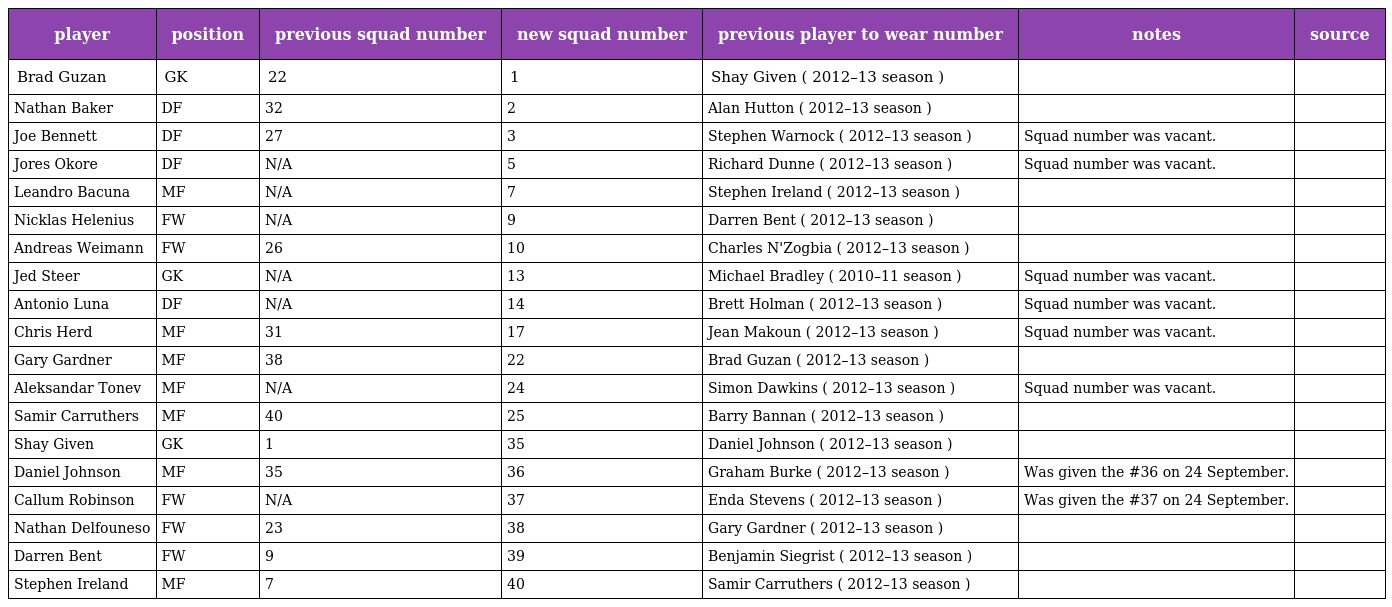
| player | position | previous squad number | new squad number | previous player to wear number | notes | source |
 | --- | --- | --- | --- | --- | --- | --- |
 | Brad Guzan | GK | 22 | 1 | Shay Given ( 2012–13 season ) |  |  |
 | Nathan Baker | DF | 32 | 2 | Alan Hutton ( 2012–13 season ) |  |  |
 | Joe Bennett | DF | 27 | 3 | Stephen Warnock ( 2012–13 season ) | Squad number was vacant. |  |
 | Jores Okore | DF | N/A | 5 | Richard Dunne ( 2012–13 season ) | Squad number was vacant. |  |
 | Leandro Bacuna | MF | N/A | 7 | Stephen Ireland ( 2012–13 season ) |  |  |
 | Nicklas Helenius | FW | N/A | 9 | Darren Bent ( 2012–13 season ) |  |  |
 | Andreas Weimann | FW | 26 | 10 | Charles N'Zogbia ( 2012–13 season ) |  |  |
 | Jed Steer | GK | N/A | 13 | Michael Bradley ( 2010–11 season ) | Squad number was vacant. |  |
 | Antonio Luna | DF | N/A | 14 | Brett Holman ( 2012–13 season ) | Squad number was vacant. |  |
 | Chris Herd | MF | 31 | 17 | Jean Makoun ( 2012–13 season ) | Squad number was vacant. |  |
 | Gary Gardner | MF | 38 | 22 | Brad Guzan ( 2012–13 season ) |  |  |
 | Aleksandar Tonev | MF | N/A | 24 | Simon Dawkins ( 2012–13 season ) | Squad number was vacant. |  |
 | Samir Carruthers | MF | 40 | 25 | Barry Bannan ( 2012–13 season ) |  |  |
 | Shay Given | GK | 1 | 35 | Daniel Johnson ( 2012–13 season ) |  |  |
 | Daniel Johnson | MF | 35 | 36 | Graham Burke ( 2012–13 season ) | Was given the #36 on 24 September. |  |
 | Callum Robinson | FW | N/A | 37 | Enda Stevens ( 2012–13 season ) | Was given the #37 on 24 September. |  |
 | Nathan Delfouneso | FW | 23 | 38 | Gary Gardner ( 2012–13 season ) |  |  |
 | Darren Bent | FW | 9 | 39 | Benjamin Siegrist ( 2012–13 season ) |  |  |
 | Stephen Ireland | MF | 7 | 40 | Samir Carruthers ( 2012–13 season ) |  |  |